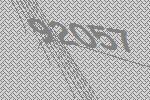
92057